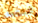
لنستعد